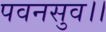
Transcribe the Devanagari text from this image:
पवनसुव।।